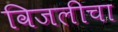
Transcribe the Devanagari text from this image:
विजलीचा